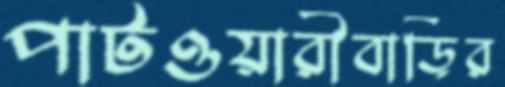
পাটওয়ারীবাড়ির